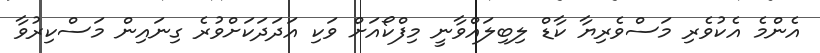
އެންމެ އެކުވެރި މަސްވެރިޔާ ކާޑް ލިބިލައްވާނީ މިފްކޯއަށް ވަކި އަދަދަކަށްވުރެ ގިނައިން މަސްކިރުވާ